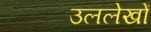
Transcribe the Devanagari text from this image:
उललेखों